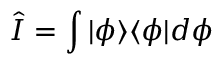
{ \hat { I } } = \int | \phi \rangle \langle \phi | d \phi